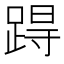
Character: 𨁽